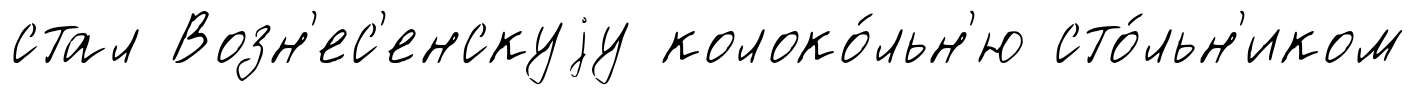
стал Возн'ес'енскуjу колоко́льн'ю сто́льн'иком